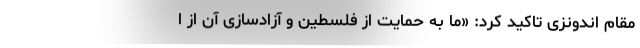
مقام اندونزی تاکید کرد: «ما به حمایت از فلسطین و آزادسازی آن از ا